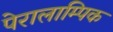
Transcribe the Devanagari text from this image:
पेरालाम्पिक